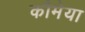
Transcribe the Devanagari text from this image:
कौमेया